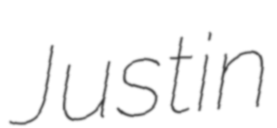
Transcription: Justin